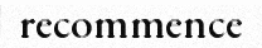
recommence